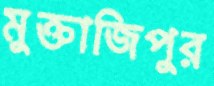
মুক্তাজিপুর